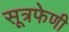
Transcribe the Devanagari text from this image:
सूत्रफेणी